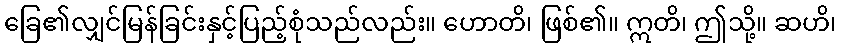
ခြေ၏လျှင်မြန်ခြင်းနှင့်ပြည့်စုံသည်လည်း။ ဟောတိ၊ ဖြစ်၏။ ဣတိ၊ ဤသို့။ ဆဟိ၊